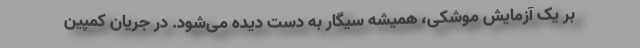
بر یک آزمایش موشکی، همیشه سیگار به دست دیده می‌شود. در جریان کمپین